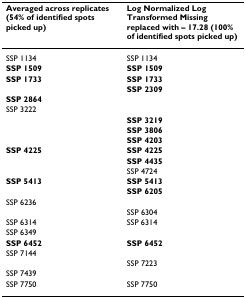
<table><thead><tr><td><b>Averaged across replicates (54% of identified spots picked up)</b></td><td><b>Log Normalized Log Transformed Missing replaced with – 17.28 (100% of identified spots picked up)</b></td></tr></thead><tbody><tr><td>SSP 1134</td><td>SSP 1134</td></tr><tr><td><b>SSP 1509</b></td><td><b>SSP 1509</b></td></tr><tr><td><b>SSP 1733</b></td><td><b>SSP 1733</b></td></tr><tr><td></td><td><b>SSP 2309</b></td></tr><tr><td><b>SSP 2864</b></td><td></td></tr><tr><td>SSP 3222</td><td></td></tr><tr><td></td><td><b>SSP 3219</b></td></tr><tr><td></td><td><b>SSP 3806</b></td></tr><tr><td></td><td><b>SSP 4203</b></td></tr><tr><td><b>SSP 4225</b></td><td><b>SSP 4225</b></td></tr><tr><td></td><td><b>SSP 4435</b></td></tr><tr><td></td><td>SSP 4724</td></tr><tr><td><b>SSP 5413</b></td><td><b>SSP 5413</b></td></tr><tr><td></td><td><b>SSP 6205</b></td></tr><tr><td>SSP 6236</td><td></td></tr><tr><td></td><td>SSP 6304</td></tr><tr><td>SSP 6314</td><td>SSP 6314</td></tr><tr><td>SSP 6349</td><td></td></tr><tr><td><b>SSP 6452</b></td><td><b>SSP 6452</b></td></tr><tr><td>SSP 7144</td><td></td></tr><tr><td></td><td>SSP 7223</td></tr><tr><td>SSP 7439</td><td></td></tr><tr><td>SSP 7750</td><td>SSP 7750</td></tr></tbody></table>